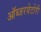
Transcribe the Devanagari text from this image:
ऑब्जरवेटोरी